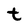
Character: t